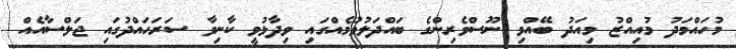
މުހައްމަދު މުއިއްޒު މިއަދު ބޭއްވި ނޫސްވެރިންގެ ބައްދަލުވުމެއްގައި ވިދާޅުވީ ކާނިވާ ސަރަހައްދުގައި ޖަލްސާއެއް